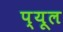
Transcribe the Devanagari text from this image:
प्यूल